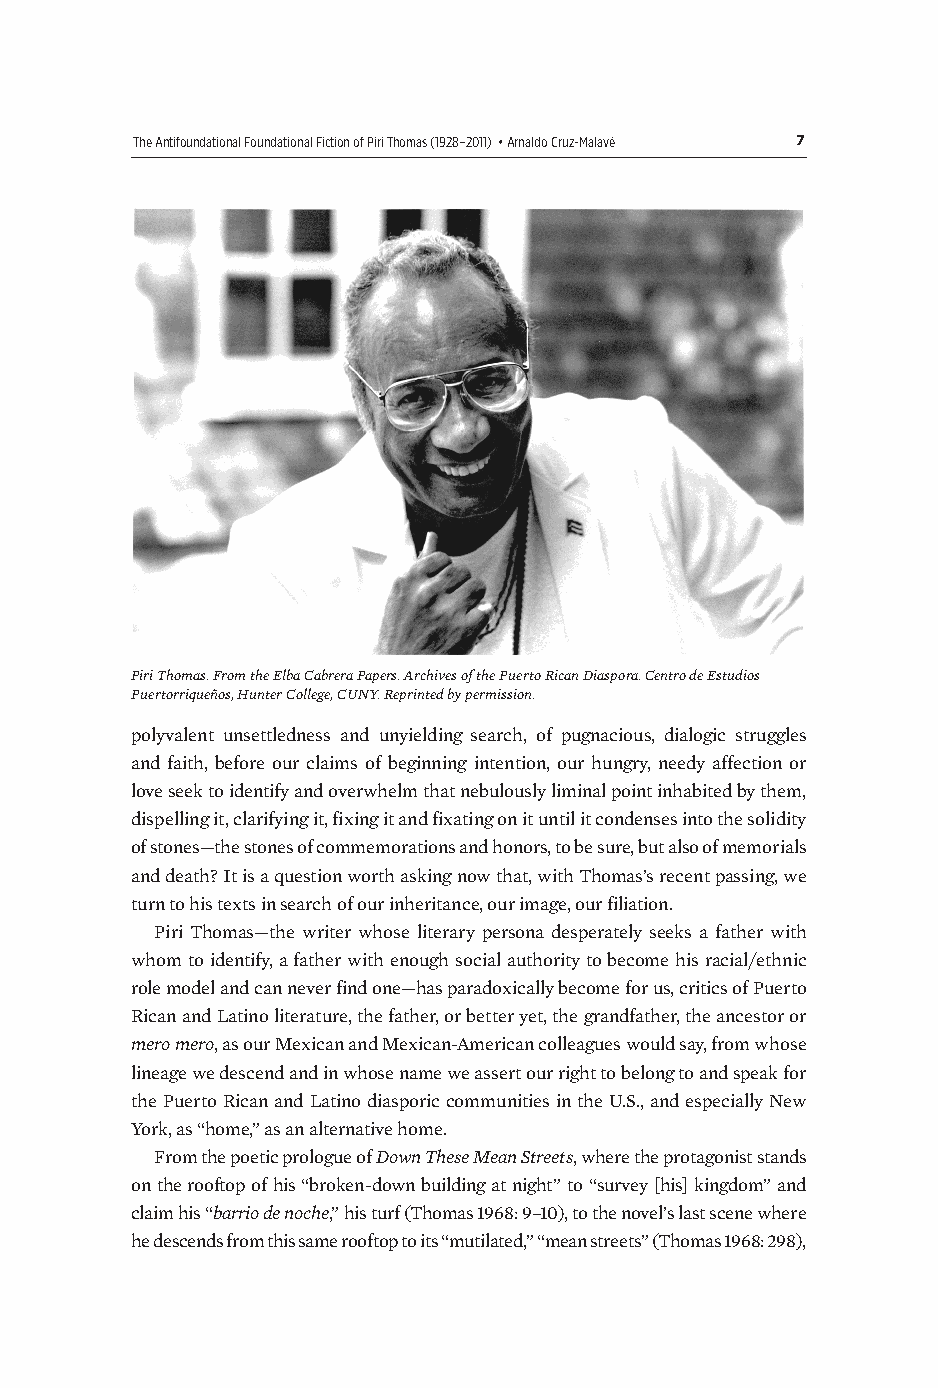
The Antifoundational Foundational Fiction of Piri Thomas (1928–2011) • Arnaldo Cruz-Malavé 7
 Piri Thomas. From the Elba Cabrera Papers. Archives of the Puerto Rican Diaspora. Centro de Estudios
 Puertorriqueños, Hunter College, CUNY. Reprinted by permission.
 polyvalent unsettledness and unyielding search, of pugnacious, dialogic struggles
 and faith, before our claims of beginning intention, our hungry, needy affection or
 love seek to identify and overwhelm that nebulously liminal point inhabited by them,
 dispelling it, clarifying it, fixing it and fixating on it until it condenses into the solidity
 of stones—the stones of commemorations and honors, to be sure, but also of memorials
 and death? It is a question worth asking now that, with Thomas’s recent passing, we
 turn to his texts in search of our inheritance, our image, our filiation.
 Piri Thomas—the writer whose literary persona desperately seeks a father with
 whom to identify, a father with enough social authority to become his racial/ethnic
 role model and can never find one—has paradoxically become for us, critics of Puerto
 Rican and Latino literature, the father, or better yet, the grandfather, the ancestor or
 mero mero, as our Mexican and Mexican-American colleagues would say, from whose
 lineage we descend and in whose name we assert our right to belong to and speak for
 the Puerto Rican and Latino diasporic communities in the U.S., and especially New
 York, as “home,” as an alternative home.
 From the poetic prologue of Down These Mean Streets, where the protagonist stands
 on the rooftop of his “broken-down building at night” to “survey [his] kingdom” and
 claim his “barrio de noche,” his turf (Thomas 1968: 9–10), to the novel’s last scene where
 he descends from this same rooftop to its “mutilated,” “mean streets” (Thomas 1968: 298),